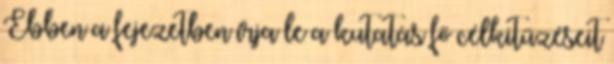
Ebben a fejezetben írja le a kutatás fő célkitűzéseit